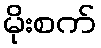
မိုးစက်